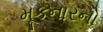
મૂકનારનો